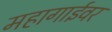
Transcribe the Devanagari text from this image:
महागाईवर